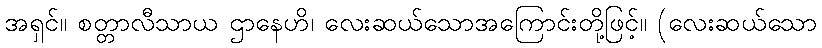
အရှင်။ စတ္တာလီသာယ ဌာနေဟိ၊ လေးဆယ်သောအကြောင်းတို့ဖြင့်။ (လေးဆယ်သော